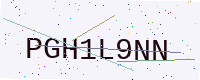
Text: PGH1L9NN